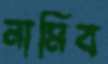
নামিব